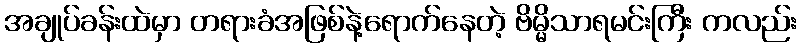
အချုပ်ခန်းထဲမှာ တရားခံအဖြစ်နဲ့ရောက်နေတဲ့ ဗိမ္မိသာရမင်းကြီး ကလည်း